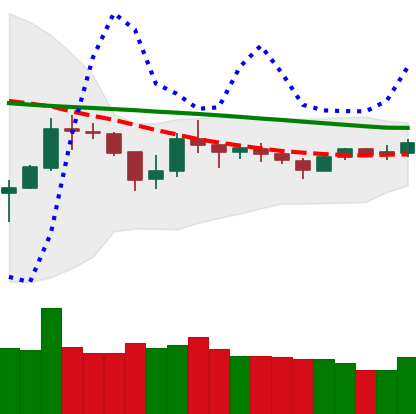
Ticker: BTC-USD
Chart end date: 2018-10-08
Forward return: -5.505%
Label: down_5_7